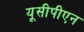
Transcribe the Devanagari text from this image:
यूसीपीएन